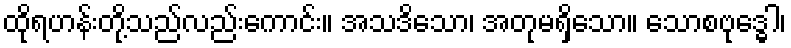
ထိုရဟန်းတို့သည်လည်းကောင်း။ အသဒိသော၊ အတုမရှိသော။ သောစဗုဒ္ဓေါ၊